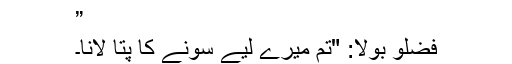
”
فضلو بولا: "تم میرے لیے سونے کا پتا لانا۔